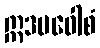
ဣဒမဝေါစံ